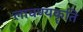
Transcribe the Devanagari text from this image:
लावण्यकॄति